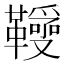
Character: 𩍱